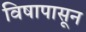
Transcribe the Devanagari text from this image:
विषापासून